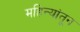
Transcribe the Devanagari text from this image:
महिन्‍यांतून